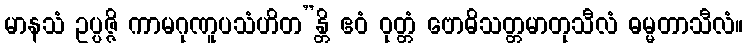
မာနသံ ဥပ္ပဇ္ဇိ ကာမဂုဏူပသံဟိတ”န္တိ ဧဝံ ဝုတ္တံ ဗောဓိသတ္တမာတုသီလံ ဓမ္မတာသီလံ။